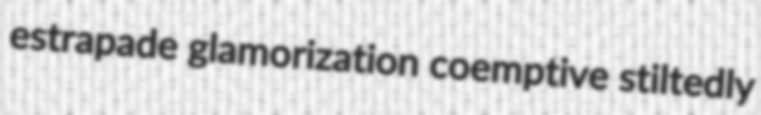
estrapade glamorization coemptive stiltedly